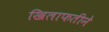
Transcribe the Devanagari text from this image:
खिलाफतीने